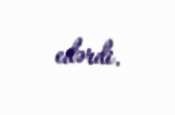
edərdi.